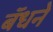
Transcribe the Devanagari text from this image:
बॅधने